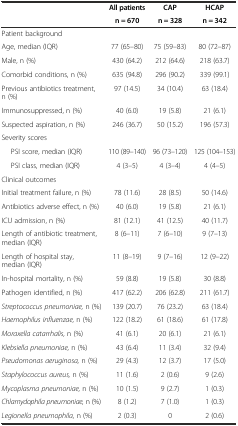
<table><thead><tr><td rowspan="2"></td><td><b>All patients</b></td><td><b>CAP</b></td><td><b>HCAP</b></td></tr><tr><td><b>n = 670</b></td><td><b>n = 328</b></td><td><b>n = 342</b></td></tr></thead><tbody><tr><td>Patient background</td><td></td><td></td><td></td></tr><tr><td>Age, median (IQR)</td><td>77 (65–80)</td><td>75 (59–83)</td><td>80 (72–87)</td></tr><tr><td>Male, n (%)</td><td>430 (64.2)</td><td>212 (64.6)</td><td>218 (63.7)</td></tr><tr><td>Comorbid conditions, n (%)</td><td>635 (94.8)</td><td>296 (90.2)</td><td>339 (99.1)</td></tr><tr><td>Previous antibiotics treatment, n (%)</td><td>97 (14.5)</td><td>34 (10.4)</td><td>63 (18.4)</td></tr><tr><td>Immunosuppressed, n (%)</td><td>40 (6.0)</td><td>19 (5.8)</td><td>21 (6.1)</td></tr><tr><td>Suspected aspiration, n (%)</td><td>246 (36.7)</td><td>50 (15.2)</td><td>196 (57.3)</td></tr><tr><td>Severity scores</td><td></td><td></td><td></td></tr><tr><td>PSI score, median (IQR)</td><td>110 (89–140)</td><td>96 (73–120)</td><td>125 (104–153)</td></tr><tr><td>PSI class, median (IQR)</td><td>4 (3–5)</td><td>4 (3–4)</td><td>4 (4–5)</td></tr><tr><td>Clinical outcomes</td><td></td><td></td><td></td></tr><tr><td>Initial treatment failure, n (%)</td><td>78 (11.6)</td><td>28 (8.5)</td><td>50 (14.6)</td></tr><tr><td>Antibiotics adverse effect, n (%)</td><td>40 (6.0)</td><td>19 (5.8)</td><td>21 (6.1)</td></tr><tr><td>ICU admission, n (%)</td><td>81 (12.1)</td><td>41 (12.5)</td><td>40 (11.7)</td></tr><tr><td>Length of antibiotic treatment, median (IQR)</td><td>8 (6–11)</td><td>7 (6–10)</td><td>9 (7–13)</td></tr><tr><td>Length of hospital stay, median (IQR)</td><td>11 (8–19)</td><td>9 (7–16)</td><td>12 (9–22)</td></tr><tr><td>In-hospital mortality, n (%)</td><td>59 (8.8)</td><td>19 (5.8)</td><td>30 (8.8)</td></tr><tr><td>Pathogen identified, n (%)</td><td>417 (62.2)</td><td>206 (62.8)</td><td>211 (61.7)</td></tr><tr><td><i>Streptococcus pneumoniae,</i> n (%)</td><td>139 (20.7)</td><td>76 (23.2)</td><td>63 (18.4)</td></tr><tr><td><i>Haemophilus influenzae,</i> n (%)</td><td>122 (18.2)</td><td>61 (18.6)</td><td>61 (17.8)</td></tr><tr><td><i>Moraxella catarrhalis,</i> n (%)</td><td>41 (6.1)</td><td>20 (6.1)</td><td>21 (6.1)</td></tr><tr><td><i>Klebsiella pneumoniae,</i> n (%)</td><td>43 (6.4)</td><td>11 (3.4)</td><td>32 (9.4)</td></tr><tr><td><i>Pseudomonas aeruginosa,</i> n (%)</td><td>29 (4.3)</td><td>12 (3.7)</td><td>17 (5.0)</td></tr><tr><td><i>Staphylococcus aureus,</i> n (%)</td><td>11 (1.6)</td><td>2 (0.6)</td><td>9 (2.6)</td></tr><tr><td><i>Mycoplasma pneumoniae,</i> n (%)</td><td>10 (1.5)</td><td>9 (2.7)</td><td>1 (0.3)</td></tr><tr><td><i>Chlamydophila pneumoniae,</i> n (%)</td><td>8 (1.2)</td><td>7 (1.0)</td><td>1 (0.3)</td></tr><tr><td><i>Legionella pneumophila,</i> n (%)</td><td>2 (0.3)</td><td>0</td><td>2 (0.6)</td></tr></tbody></table>